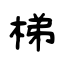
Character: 梯